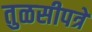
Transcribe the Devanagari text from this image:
तुळसीपत्रे